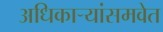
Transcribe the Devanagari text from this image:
अधिकार्‍यांसमवेत